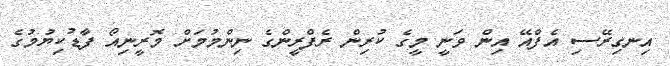
އިނގިރޭސި އެފްއޭ އިން ވަނީ މީގެ ކުރިން ރެފްރީންގެ ނިންމުމަށް މޮރީނިއޯ ފާޑުކިޔުމުގެ